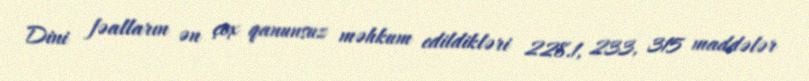
Dini fəalların ən çox qanunsuz məhkum edildikləri 228.1, 233, 315 maddələr